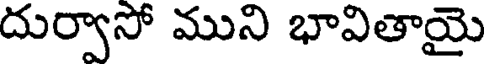
దుర్వాసో ముని భావితాయై